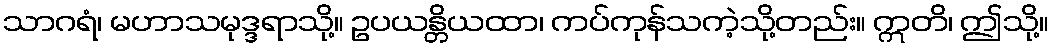
သာဂရံ၊ မဟာသမုဒ္ဒရာသို့။ ဥပယန္တိယထာ၊ ကပ်ကုန်သကဲ့သို့တည်း။ ဣတိ၊ ဤသို့။